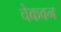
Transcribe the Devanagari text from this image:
चेकवन